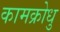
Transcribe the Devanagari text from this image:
कामक्रोधु